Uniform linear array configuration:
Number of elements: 12
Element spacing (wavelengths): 0.25
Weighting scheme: binomial
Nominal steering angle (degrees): -30
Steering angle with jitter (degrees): -30.557
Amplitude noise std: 0.05
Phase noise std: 0.05

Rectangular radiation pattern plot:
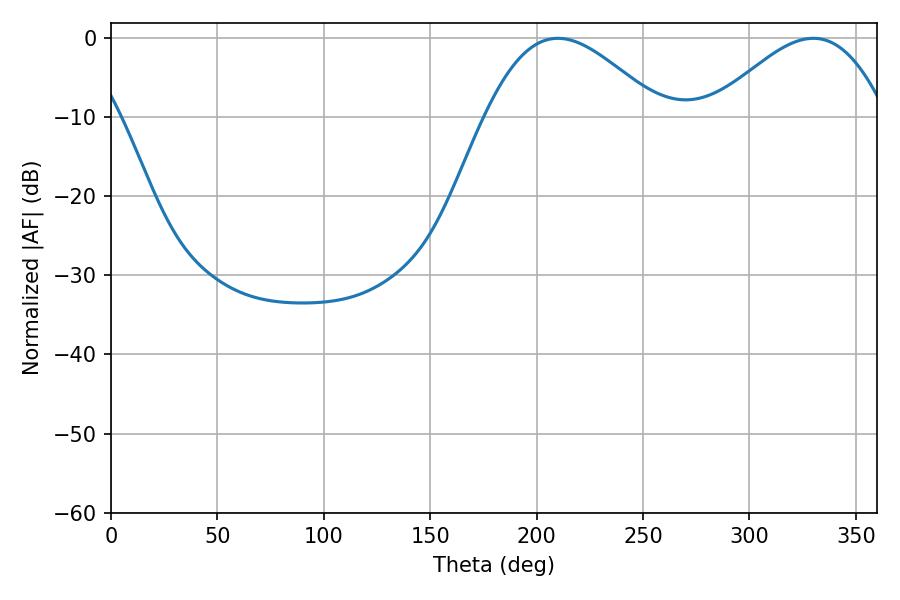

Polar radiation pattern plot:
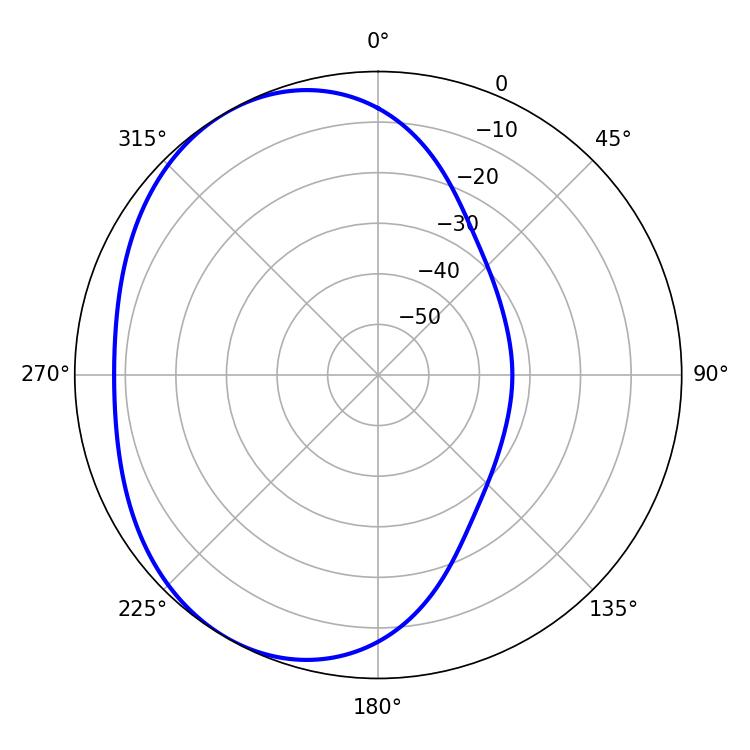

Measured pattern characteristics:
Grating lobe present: FALSE
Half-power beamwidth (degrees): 44.1
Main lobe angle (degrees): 210.06